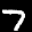
Label: 7